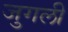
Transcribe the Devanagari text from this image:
जुगली